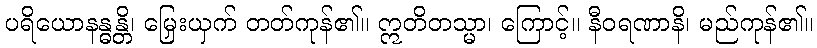
ပရိယောနန္ဓန္တိ၊ မြှေးယှက် တတ်ကုန်၏။ ဣတိတသ္မာ၊ ကြောင့်။ နီဝရဏာနိ၊ မည်ကုန်၏။